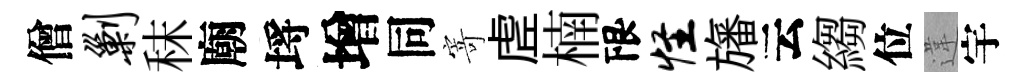
僧剿秣廟埓增同寄虗楠限怪旛云縐位違宇